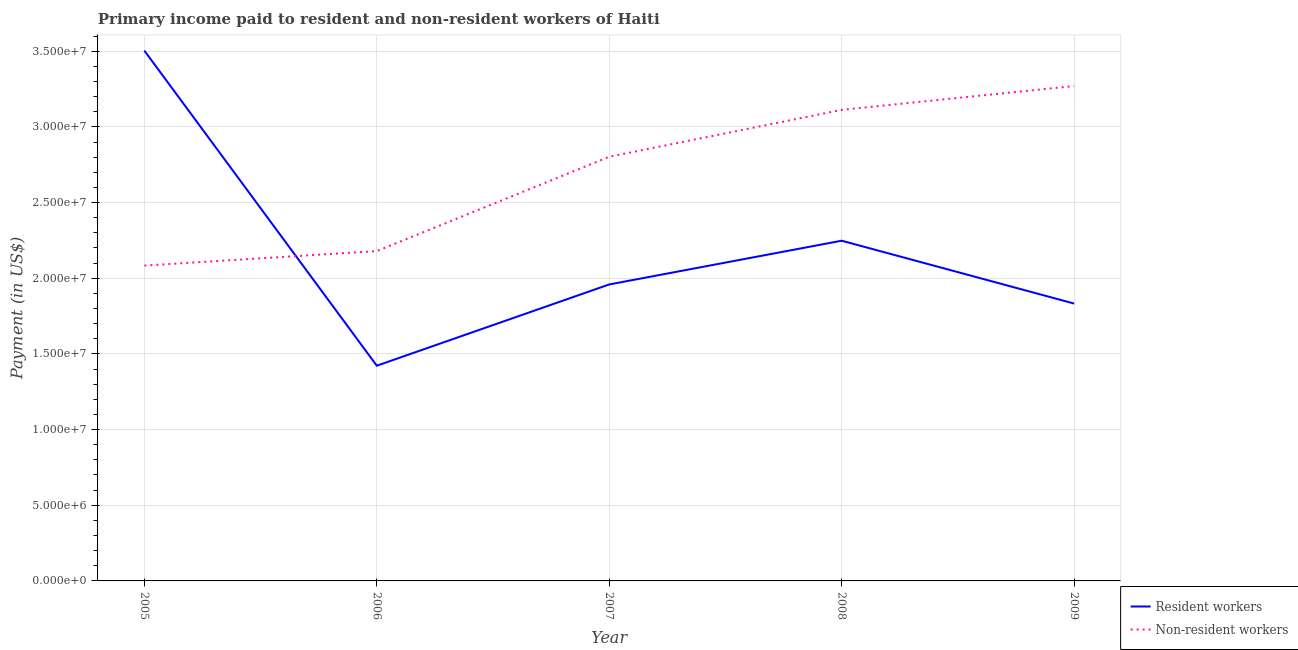
| Year | Resident workers | Non-resident workers |
 | --- | --- | --- |
 | 2005 | 3.5e+07 | 2.08e+07 |
 | 2006 | 1.42e+07 | 2.18e+07 |
 | 2007 | 1.96e+07 | 2.8e+07 |
 | 2008 | 2.25e+07 | 3.11e+07 |
 | 2009 | 1.83e+07 | 3.27e+07 |